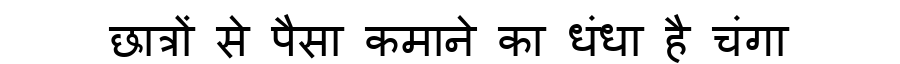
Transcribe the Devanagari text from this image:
छात्रों से पैसा कमाने का धंधा है चंगा